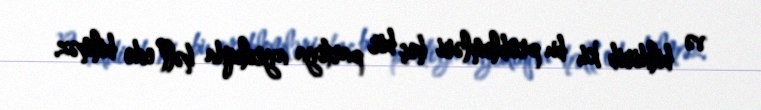
və bildirib ki, bu problemləri heç bir partiya ayrılıqda həll edə bilməz.